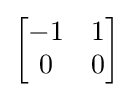
{\begin{bmatrix}-1&1\\0&0\end{bmatrix}}